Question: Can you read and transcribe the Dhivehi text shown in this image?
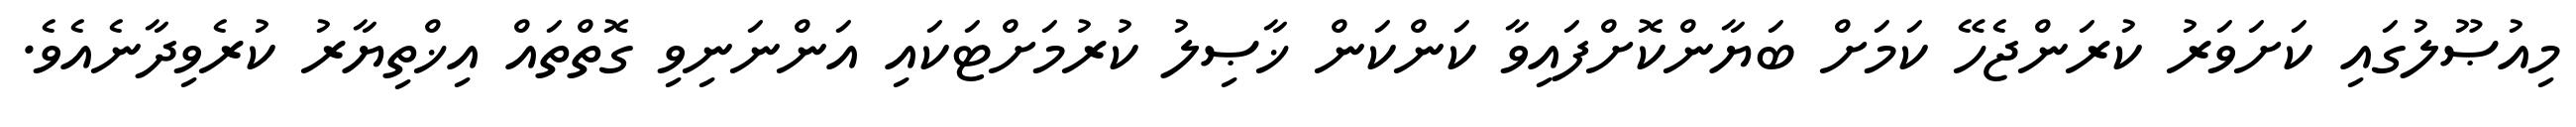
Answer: މިއުޞޫލުގައި ކަށަވަރު ކުރަންޖެހޭ ކަމަށް ބަޔާންކޮށްފައިވާ ކަންކަން ޚާޞިލު ކުރުމަށްޓަކައި އަންނަނިވި ގޮތްތައް އިޚްތިޔާރު ކުރެވިދާނެއެވެ.